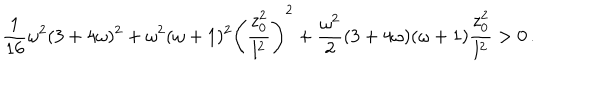
{ \frac { 1 } { 1 6 } } \omega ^ { 2 } ( 3 + 4 \omega ) ^ { 2 } + \omega ^ { 2 } ( \omega + 1 ) ^ { 2 } \left( { \frac { z _ { 0 } ^ { 2 } } { l ^ { 2 } } } \right) ^ { 2 } + { \frac { \omega ^ { 2 } } { 2 } } ( 3 + 4 \omega ) ( \omega + 1 ) { \frac { z _ { 0 } ^ { 2 } } { l ^ { 2 } } } > 0 \, .